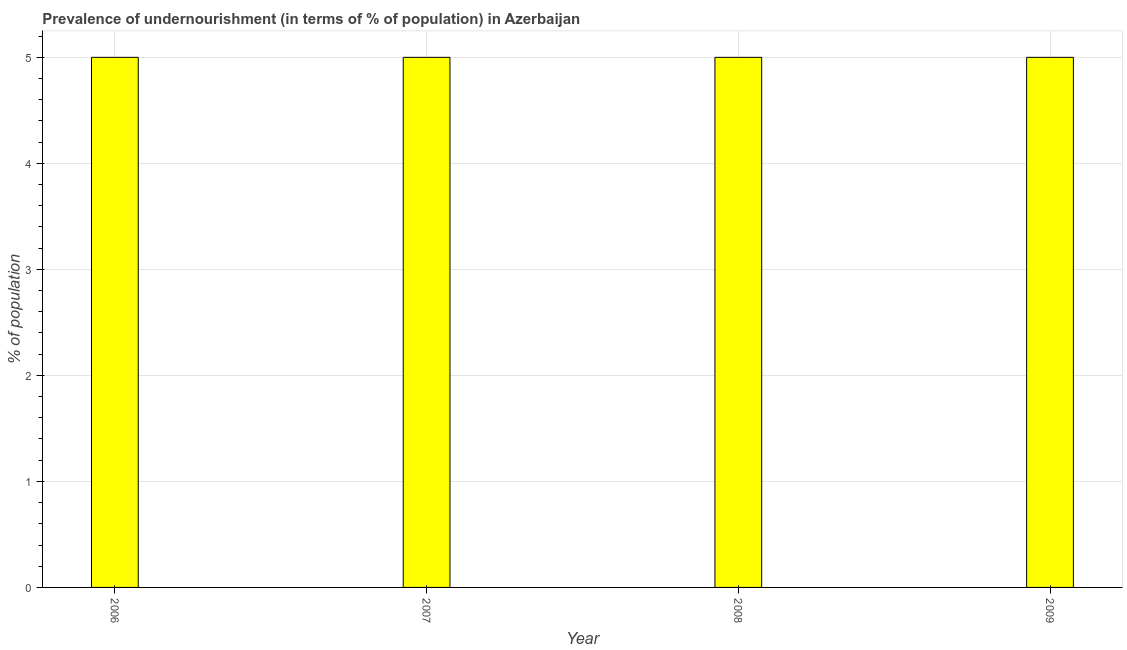
| Year | Prevalence of undernourishment |
 | --- | --- |
 | 2006 | 5 |
 | 2007 | 5 |
 | 2008 | 5 |
 | 2009 | 5 |